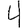
Digit: 4